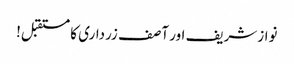
نوازشریف اور آصف زرداری کا مستقبل!